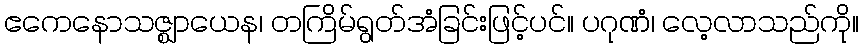
ဧကေနောသဇ္ဈာယေန၊ တကြိမ်ရွတ်အံခြင်းဖြင့်ပင်။ ပဂုဏံ၊ လေ့လာသည်ကို။